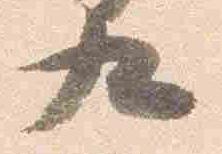
九